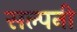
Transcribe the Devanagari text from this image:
सल्पनी